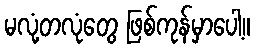
မလုံ့တလုံတွေ ဖြစ်ကုန်မှာပေါ့။